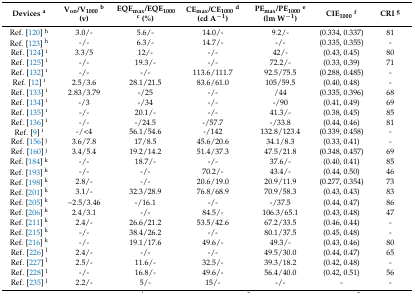
<table><thead><tr><td><b>Devices <sup>a</sup></b></td><td><b>V<sub>on</sub>/V<sub>1000</sub><sup>b</sup> (v)</b></td><td><b>EQE<sub>max</sub>/EQE<sub>1000</sub><sup>c</sup> (%)</b></td><td><b>CE<sub>max</sub>/CE<sub>1000</sub><sup>d</sup> (cd A<sup>−1</sup>)</b></td><td><b>PE<sub>max</sub>/PE<sub>1000</sub><sup>e</sup> (lm W<sup>−1</sup>)</b></td><td><b>CIE<sub>1000</sub><sup>f</sup></b></td><td><b>CRI <sup>g</sup></b></td></tr></thead><tbody><tr><td>Ref. [120] <sup>h</sup></td><td>3.0/-</td><td>5.6/-</td><td>14.0/-</td><td>9.2/-</td><td>(0.334, 0.337)</td><td>81</td></tr><tr><td>Ref. [123] <sup>h</sup></td><td>-/-</td><td>6.3/-</td><td>14.7/-</td><td>-/-</td><td>(0.335, 0.355)</td><td>-</td></tr><tr><td>Ref. [124] <sup>i</sup></td><td>3.3/5</td><td>12/-</td><td>-/-</td><td>42/-</td><td>(0.43, 0.45)</td><td>80</td></tr><tr><td>Ref. [125] <sup>i</sup></td><td>-/-</td><td>19.3/-</td><td>-/-</td><td>72.2/-</td><td>(0.33, 0.39)</td><td>71</td></tr><tr><td>Ref. [132] <sup>i</sup></td><td>-/-</td><td>-/-</td><td>113.6/111.7</td><td>92.5/75.5</td><td>(0.288, 0.485)</td><td>-</td></tr><tr><td>Ref. [12] <sup>i</sup></td><td>2.5/3.6</td><td>28.1/21.5</td><td>83.6/61.0</td><td>105/59.5</td><td>(0.40, 0.48)</td><td>-</td></tr><tr><td>Ref. [133] <sup>i</sup></td><td>2.83/3.79</td><td>-/25</td><td>-/-</td><td>/44</td><td>(0.335, 0.396)</td><td>68</td></tr><tr><td>Ref. [134] <sup>i</sup></td><td>-/3</td><td>-/34</td><td>-/-</td><td>-/90</td><td>(0.41, 0.49)</td><td>69</td></tr><tr><td>Ref. [135] <sup>i</sup></td><td>-/-</td><td>20.1/-</td><td>-/-</td><td>41.3/-</td><td>(0.38, 0.45)</td><td>85</td></tr><tr><td>Ref. [136] <sup>i</sup></td><td>-/-</td><td>-/24.5</td><td>-/57.7</td><td>-/33.8</td><td>(0.44, 0.46)</td><td>81</td></tr><tr><td>Ref. [9] <sup>i</sup></td><td>-/&lt;4</td><td>56.1/54.6</td><td>-/142</td><td>132.8/123.4</td><td>(0.339, 0.458)</td><td>-</td></tr><tr><td>Ref. [156] <sup>j</sup></td><td>3.6/7.8</td><td>17/8.5</td><td>45.6/20.6</td><td>34.1/8.3</td><td>(0.33, 0.41)</td><td>-</td></tr><tr><td>Ref. [160] <sup>j</sup></td><td>3.4/5.4</td><td>19.2/14.2</td><td>51.4/37.3</td><td>47.5/21.8</td><td>(0.348, 0.457)</td><td>69</td></tr><tr><td>Ref. [184] <sup>k</sup></td><td>-/-</td><td>18.7/-</td><td>-/-</td><td>37.6/-</td><td>(0.40, 0.41)</td><td>85</td></tr><tr><td>Ref. [193] <sup>k</sup></td><td>-/-</td><td>-/-</td><td>70.2/-</td><td>43.4/-</td><td>(0.44, 0.50)</td><td>46</td></tr><tr><td>Ref. [198] <sup>k</sup></td><td>2.8/-</td><td>-/-</td><td>20.6/19.0</td><td>20.9/11.9</td><td>(0.277, 0.354)</td><td>73</td></tr><tr><td>Ref. [201] <sup>k</sup></td><td>3.1/-</td><td>32.3/28.9</td><td>76.8/68.9</td><td>70.9/58.3</td><td>(0.43, 0.43)</td><td>83</td></tr><tr><td>Ref. [205] <sup>k</sup></td><td>~2.5/3.46</td><td>-/16.1</td><td>-/-</td><td>-/37.5</td><td>(0.44, 0.47)</td><td>86</td></tr><tr><td>Ref. [206] <sup>k</sup></td><td>2.4/3.1</td><td>-/-</td><td>84.5/-</td><td>106.3/65.1</td><td>(0.43, 0.48)</td><td>47</td></tr><tr><td>Ref. [211] <sup>k</sup></td><td>2.4/-</td><td>26.6/21.2</td><td>53.5/42.6</td><td>67.2/33.5</td><td>(0.46, 0.44)</td><td>-</td></tr><tr><td>Ref. [215] <sup>k</sup></td><td>-/-</td><td>38.4/26.2</td><td>-/-</td><td>80.1/37.5</td><td>(0.45, 0.48)</td><td>-</td></tr><tr><td>Ref. [216] <sup>k</sup></td><td>-/-</td><td>19.1/17.6</td><td>49.6/-</td><td>49.3/-</td><td>(0.43, 0.46)</td><td>80</td></tr><tr><td>Ref. [226] <sup>l</sup></td><td>2.4/-</td><td>-/-</td><td>-/-</td><td>49.5/30.0</td><td>(0.44, 0.47)</td><td>65</td></tr><tr><td>Ref. [227] <sup>l</sup></td><td>2.5/-</td><td>11.6/-</td><td>32.5/-</td><td>39.3/18.2</td><td>(0.42, 0.48)</td><td>-</td></tr><tr><td>Ref. [228] <sup>l</sup></td><td>-/-</td><td>16.8/-</td><td>49.6/-</td><td>56.4/40.0</td><td>(0.42, 0.51)</td><td>56</td></tr><tr><td>Ref. [235] <sup>l</sup></td><td>2.2/-</td><td>5/-</td><td>15/-</td><td>-/-</td><td>-</td><td>-</td></tr></tbody></table>